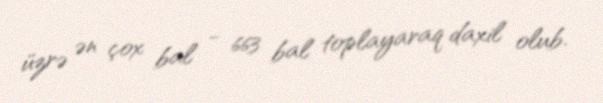
üzrə ən çox bal - 663 bal toplayaraq daxil olub.